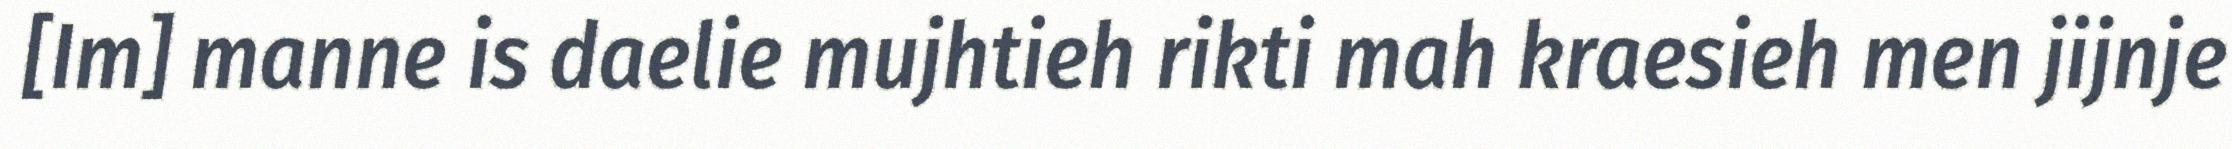
[Im] manne is daelie mujhtieh rikti mah kraesieh men jijnje